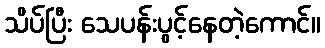
သိပ်ပြီး သေပန်းပွင့်နေတဲ့ကောင်။